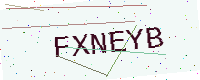
Text: FXNEYB